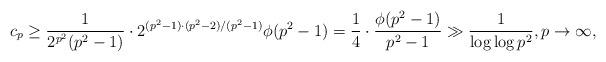
LaTeX: \begin{align*}c_{p} \geq \frac{1}{2^{p^2}(p^2-1)}\cdot 2^{(p^2-1)\cdot(p^2-2)/(p^2-1)}\phi(p^2-1)=\frac{1}{4}\cdot\frac{\phi(p^2-1)}{p^2-1}\gg \frac{1}{\log\log p^2}, p\to \infty,\end{align*}